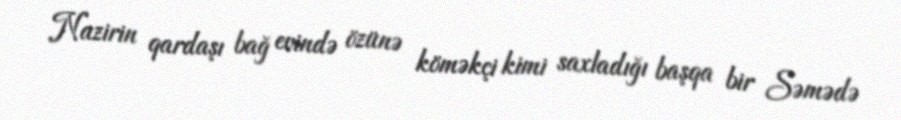
Nazirin qardaşı bağ evində özünə köməkçi kimi saxladığı başqa bir Səmədə